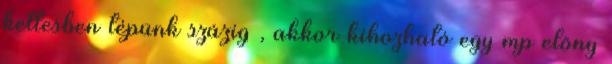
kettesben tépünk százig , akkor kihozható egy mp elõny